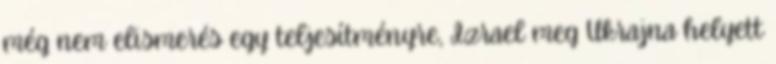
még nem elismerés egy teljesítményre, Izrael meg Ukrajna helyett